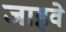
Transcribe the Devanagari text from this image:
जाइवे